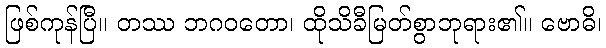
ဖြစ်ကုန်ပြီ။ တဿ ဘဂဝတော၊ ထိုသိခီမြတ်စွာဘုရား၏။ ဗောဓိ၊